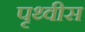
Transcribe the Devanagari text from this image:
पृथ्वीस